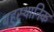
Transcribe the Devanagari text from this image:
बहुस्थानिक